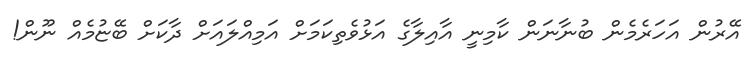
އޭރުން އަހަރެމެން ބުނާނަން ކާމިނީ އާއިލާގެ އަޅުވެތިކަމަށް އަމިއްލައަށް ދާކަށް ބޭޏުމެއް ނޫން!